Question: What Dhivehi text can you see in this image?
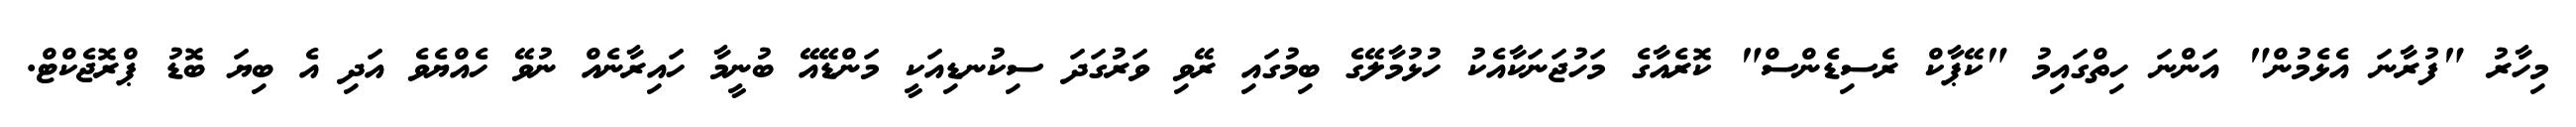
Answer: މިހާރު "ފުރާނަ އެޅެމުން" އަންނަ ހިތްގައިމު "ކޭޕާކް ރެސިޑެންސް" ކޮރެއާގެ މަހުޖަނަކާއެކު ހުޅުމާލޭގެ ބިމުގައި ރޭވި ވަރުގަދަ ސިކުނޑިއަކީ މަންޑޭއޭ ބުނީމާ ހައިރާނެއް ނުވޭ ހެއްޔެވެ އަދި އެ ބިޔަ ބޮޑު ޕްރޮޖެކްޓް.